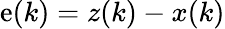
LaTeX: \mathrm{e}(k)=z(k)-x(k)